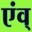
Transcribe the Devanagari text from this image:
एंव्